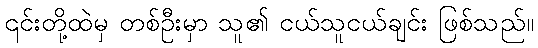
၎င်းတို့ထဲမှ တစ်ဦးမှာ သူ၏ ငယ်သူငယ်ချင်း ဖြစ်သည်။